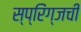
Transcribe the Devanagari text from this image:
स्प्रिंग्जची